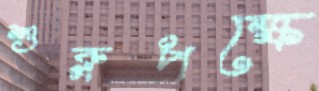
শুক্লপক্ষে